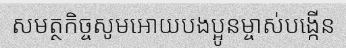
សមត្ថកិច្ចសូមអោយបងប្អូនម្ចាស់បង្កើន